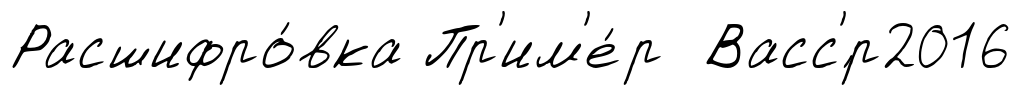
Расшифро́вка Пр'им'е́р Васс'́р2016